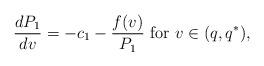
LaTeX: \begin{align*}\frac{dP_1}{dv}=-c_1-\frac{f(v)}{P_1} \mbox{ for } v\in (q, q^*),\end{align*}